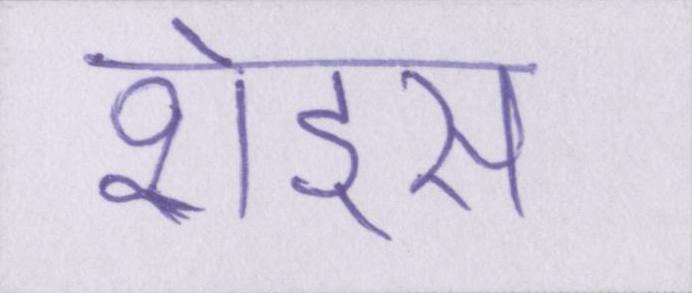
शेड्स